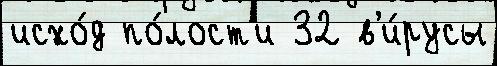
исхо́д по́лост'и 32 в'и́русы